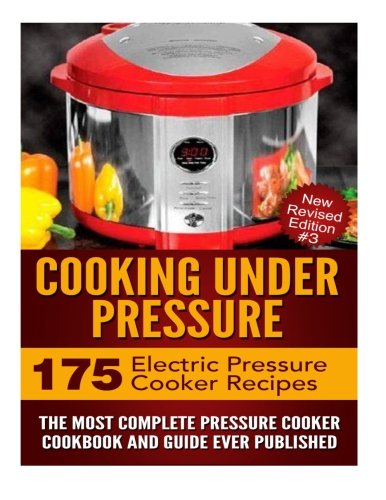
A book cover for Cooking Under Pressure: The Most Complete Pressure Cooker Cookbook and Guide (Cambridge Studies in Linguistics); Dr Joel Brothers; Cookbooks, Food & Wine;